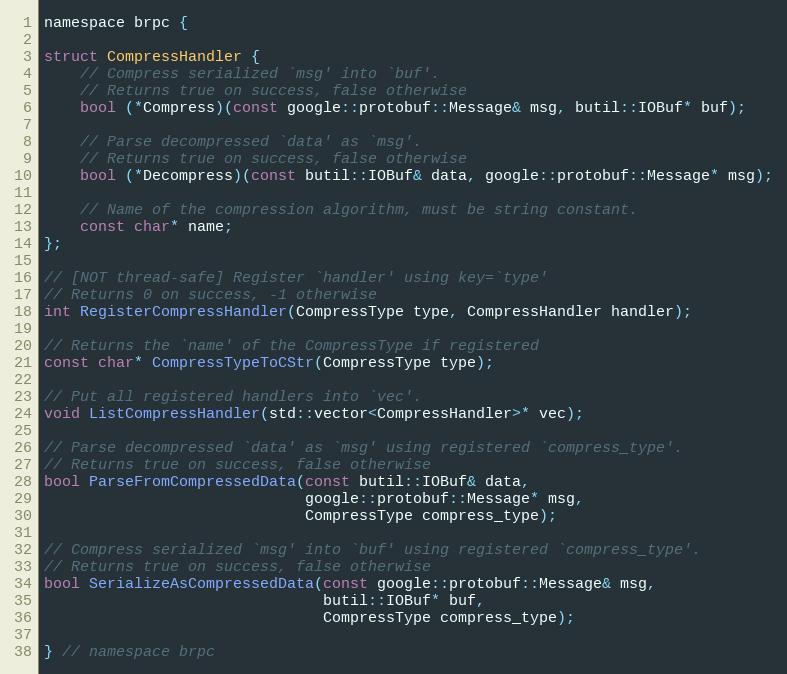
Language: C
namespace brpc {

struct CompressHandler {
    // Compress serialized `msg' into `buf'.
    // Returns true on success, false otherwise
    bool (*Compress)(const google::protobuf::Message& msg, butil::IOBuf* buf);

    // Parse decompressed `data' as `msg'.
    // Returns true on success, false otherwise
    bool (*Decompress)(const butil::IOBuf& data, google::protobuf::Message* msg);

    // Name of the compression algorithm, must be string constant.
    const char* name;
};

// [NOT thread-safe] Register `handler' using key=`type'
// Returns 0 on success, -1 otherwise
int RegisterCompressHandler(CompressType type, CompressHandler handler);

// Returns the `name' of the CompressType if registered
const char* CompressTypeToCStr(CompressType type);

// Put all registered handlers into `vec'.
void ListCompressHandler(std::vector<CompressHandler>* vec);

// Parse decompressed `data' as `msg' using registered `compress_type'.
// Returns true on success, false otherwise
bool ParseFromCompressedData(const butil::IOBuf& data,
                             google::protobuf::Message* msg,
                             CompressType compress_type);

// Compress serialized `msg' into `buf' using registered `compress_type'.
// Returns true on success, false otherwise
bool SerializeAsCompressedData(const google::protobuf::Message& msg,
                               butil::IOBuf* buf,
                               CompressType compress_type);

} // namespace brpc